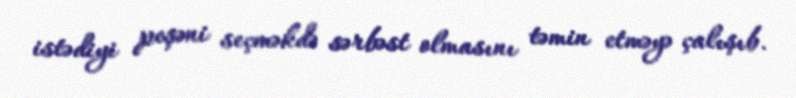
istədiyi peşəni seçməkdə sərbəst olmasını təmin etməyə çalışıb.